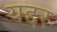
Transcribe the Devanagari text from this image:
यद्दर